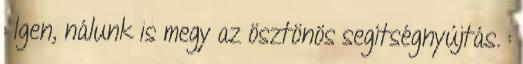
: Igen, nálunk is megy az ösztönös segítségnyújtás. :